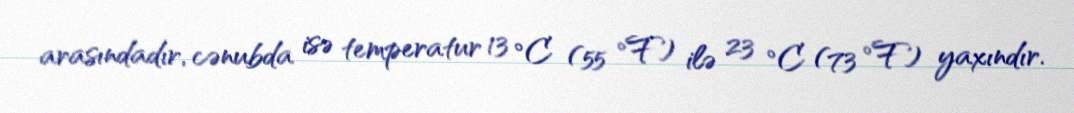
arasındadır, cənubda isə temperatur 13 °C (55 °F) ilə 23 °C (73 °F) yaxındır.